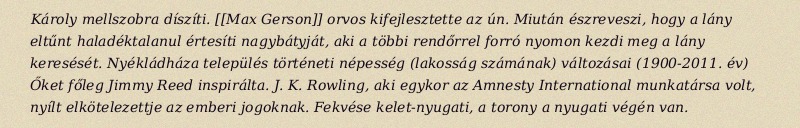
Károly mellszobra díszíti. [[Max Gerson]] orvos kifejlesztette az ún. Miután észreveszi, hogy a lány eltűnt haladéktalanul értesíti nagybátyját, aki a többi rendőrrel forró nyomon kezdi meg a lány keresését. Nyékládháza település történeti népesség (lakosság számának) változásai (1900-2011. év) Őket főleg Jimmy Reed inspirálta. J. K. Rowling, aki egykor az Amnesty International munkatársa volt, nyílt elkötelezettje az emberi jogoknak. Fekvése kelet-nyugati, a torony a nyugati végén van.